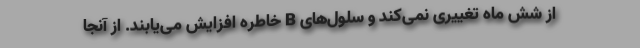
از شش ماه تغییری نمی‌کند و سلول‌های B خاطره افزایش می‌یابند. از آنجا